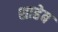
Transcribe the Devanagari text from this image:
शाहेब